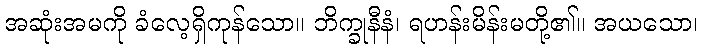
အဆုံးအမကို ခံလေ့ရှိကုန်သော။ ဘိက္ခုနီနံ၊ ရဟန်းမိန်းမတို့၏။ အယသော၊